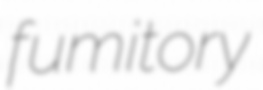
fumitory